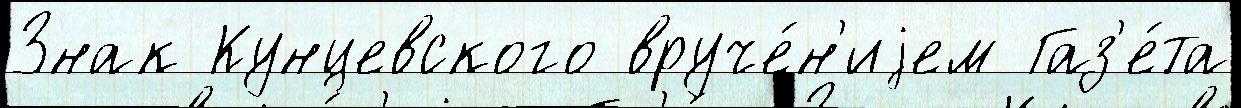
Знак Кунцевского вруче́н'иjем Газ'е́та